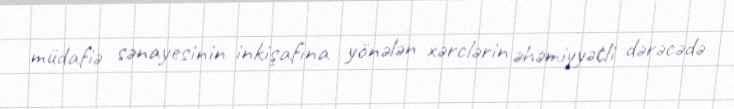
müdafiə sənayesinin inkişafına yönələn xərclərin əhəmiyyətli dərəcədə